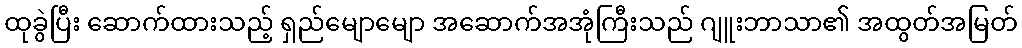
ထုခွဲပြီး ဆောက်ထားသည့် ရှည်မျောမျော အဆောက်အအုံကြီးသည် ဂျူးဘာသာ၏ အထွတ်အမြတ်